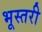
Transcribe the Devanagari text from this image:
भूस्तरी